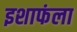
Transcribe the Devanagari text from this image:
इशाफंला